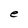
Character: e